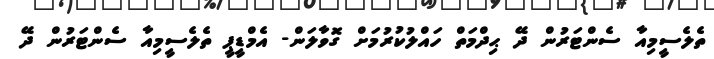
ތެލެސީމިއާ ސެންޓަރުން ދޭ ޙިދްމަތް ހައްލުކުރުމަށް ގޮވާލަން- އެމްޑީޕީ ތެލެސީމިއާ ސެންޓަރުން ދޭ